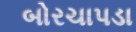
બોરચાપડા